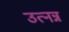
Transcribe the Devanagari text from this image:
उत्नन्न